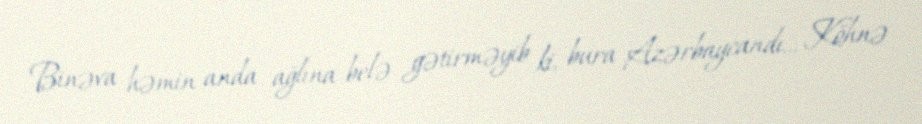
Binəva həmin anda ağlına belə gətirməyib ki, bura Azərbaycandı... Köhnə